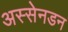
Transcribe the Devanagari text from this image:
अस्सेनडन